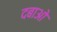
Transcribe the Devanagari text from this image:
दबाओ